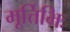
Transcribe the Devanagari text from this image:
मूर्त्तिभिः